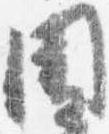
聞